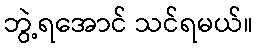
ဘွဲ့ရအောင် သင်ရမယ်။